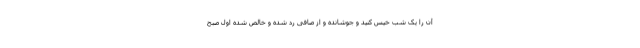
آن را یک شب خیس کنید و جوشانده و از صافی رد شده و خالص شده اول صبح